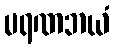
မရဏဘယံ